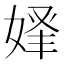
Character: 𡝾